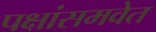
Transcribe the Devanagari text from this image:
पक्षांसमवेत